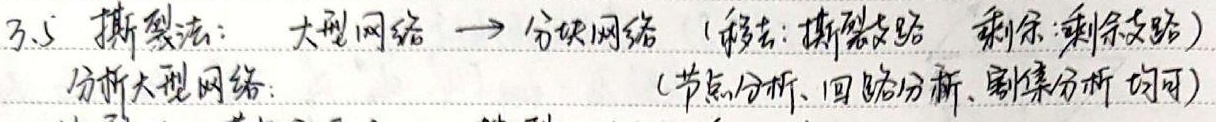
3.5 撕裂法：大型网络 $\to$ 分块网络 (移去: 撕裂支路 剩余: 剩余支路)分析大型网络: (节点分析、回路分析、割集分析均可)